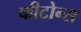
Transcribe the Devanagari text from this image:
कीटोन्स